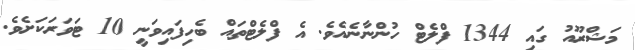
މަޝްރޫއު ގައި 1344 ފްލެޓް ހުންނާނެއެވެ. އެ ފްލެޓްތައް ބެހިފައިވަނީ 10 ޓަވަރަކަށެވެ.